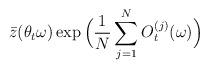
LaTeX: \begin{align*}\bar z(\theta _t\omega )\exp \Big(\frac 1N\sum\limits_{j=1}^NO_t^{(j)}(\omega )\Big)\end{align*}